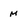
Character: M